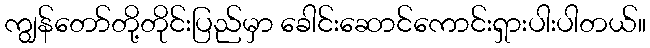
ကျွန်တော်တို့တိုင်းပြည်မှာ ခေါင်းဆောင်ကောင်းရှားပါးပါတယ်။